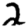
Digit: 2